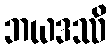
ဘယဒဿိ